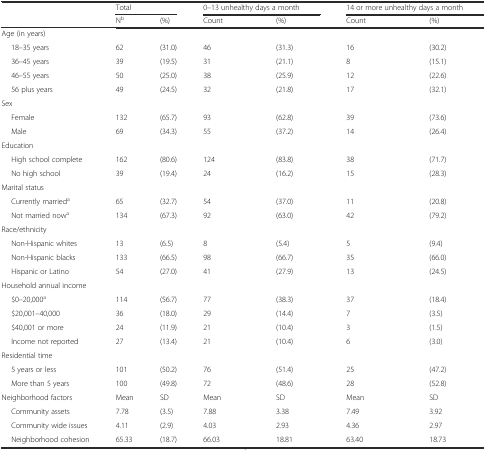
<table><thead><tr><td></td><td colspan="2"><b>Total</b></td><td colspan="2"><b>0–13 unhealthy days a month</b></td><td colspan="2"><b>14 or more unhealthy days a month</b></td></tr><tr><td></td><td><b>N<sup>b</sup></b></td><td><b>(%)</b></td><td><b>Count</b></td><td><b>(%)</b></td><td><b>Count</b></td><td><b>(%)</b></td></tr></thead><tbody><tr><td>Age (in years)</td><td></td><td></td><td></td><td></td><td></td><td></td></tr><tr><td>18–35 years</td><td>62</td><td>(31.0)</td><td>46</td><td>(31.3)</td><td>16</td><td>(30.2)</td></tr><tr><td>36–45 years</td><td>39</td><td>(19.5)</td><td>31</td><td>(21.1)</td><td>8</td><td>(15.1)</td></tr><tr><td>46–55 years</td><td>50</td><td>(25.0)</td><td>38</td><td>(25.9)</td><td>12</td><td>(22.6)</td></tr><tr><td>56 plus years</td><td>49</td><td>(24.5)</td><td>32</td><td>(21.8)</td><td>17</td><td>(32.1)</td></tr><tr><td>Sex</td><td></td><td></td><td></td><td></td><td></td><td></td></tr><tr><td>Female</td><td>132</td><td>(65.7)</td><td>93</td><td>(62.8)</td><td>39</td><td>(73.6)</td></tr><tr><td>Male</td><td>69</td><td>(34.3)</td><td>55</td><td>(37.2)</td><td>14</td><td>(26.4)</td></tr><tr><td>Education</td><td></td><td></td><td></td><td></td><td></td><td></td></tr><tr><td>High school complete</td><td>162</td><td>(80.6)</td><td>124</td><td>(83.8)</td><td>38</td><td>(71.7)</td></tr><tr><td>No high school</td><td>39</td><td>(19.4)</td><td>24</td><td>(16.2)</td><td>15</td><td>(28.3)</td></tr><tr><td>Marital status</td><td></td><td></td><td></td><td></td><td></td><td></td></tr><tr><td>Currently married<sup>a</sup></td><td>65</td><td>(32.7)</td><td>54</td><td>(37.0)</td><td>11</td><td>(20.8)</td></tr><tr><td>Not married now<sup>a</sup></td><td>134</td><td>(67.3)</td><td>92</td><td>(63.0)</td><td>42</td><td>(79.2)</td></tr><tr><td>Race/ethnicity</td><td></td><td></td><td></td><td></td><td></td><td></td></tr><tr><td>Non-Hispanic whites</td><td>13</td><td>(6.5)</td><td>8</td><td>(5.4)</td><td>5</td><td>(9.4)</td></tr><tr><td>Non-Hispanic blacks</td><td>133</td><td>(66.5)</td><td>98</td><td>(66.7)</td><td>35</td><td>(66.0)</td></tr><tr><td>Hispanic or Latino</td><td>54</td><td>(27.0)</td><td>41</td><td>(27.9)</td><td>13</td><td>(24.5)</td></tr><tr><td>Household annual income</td><td></td><td></td><td></td><td></td><td></td><td></td></tr><tr><td>$0–20,000<sup>a</sup></td><td>114</td><td>(56.7)</td><td>77</td><td>(38.3)</td><td>37</td><td>(18.4)</td></tr><tr><td>$20,001–40,000</td><td>36</td><td>(18.0)</td><td>29</td><td>(14.4)</td><td>7</td><td>(3.5)</td></tr><tr><td>$40,001 or more</td><td>24</td><td>(11.9)</td><td>21</td><td>(10.4)</td><td>3</td><td>(1.5)</td></tr><tr><td>Income not reported</td><td>27</td><td>(13.4)</td><td>21</td><td>(10.4)</td><td>6</td><td>(3.0)</td></tr><tr><td>Residential time</td><td></td><td></td><td></td><td></td><td></td><td></td></tr><tr><td>5 years or less</td><td>101</td><td>(50.2)</td><td>76</td><td>(51.4)</td><td>25</td><td>(47.2)</td></tr><tr><td>More than 5 years</td><td>100</td><td>(49.8)</td><td>72</td><td>(48.6)</td><td>28</td><td>(52.8)</td></tr><tr><td>Neighborhood factors</td><td>Mean</td><td>SD</td><td>Mean</td><td>SD</td><td>Mean</td><td>SD</td></tr><tr><td>Community assets</td><td>7.78</td><td>(3.5)</td><td>7.88</td><td>3.38</td><td>7.49</td><td>3.92</td></tr><tr><td>Community wide issues</td><td>4.11</td><td>(2.9)</td><td>4.03</td><td>2.93</td><td>4.36</td><td>2.97</td></tr><tr><td>Neighborhood cohesion</td><td>65.33</td><td>(18.7)</td><td>66.03</td><td>18.81</td><td>63.40</td><td>18.73</td></tr></tbody></table>